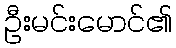
ဦးမင်းမောင်၏